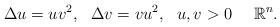
LaTeX: \begin{align*}\Delta u=uv^2,\ \ \Delta v=vu^2,\ \ u,v>0~~~~\mathbb{R}^n.\end{align*}